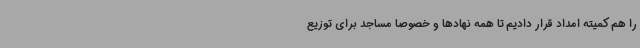
را هم کمیته امداد قرار دادیم تا همه نهادها و خصوصاً مساجد برای توزیع